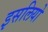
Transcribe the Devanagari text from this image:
इसलियो